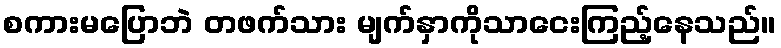
စကားမပြောဘဲ တဖက်သား မျက်နှာကိုသာငေးကြည့်နေသည်။